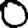
Digit: 0